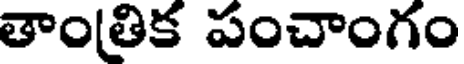
తాంతిక పంచాంగం